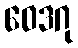
ဝေဒဂု